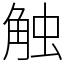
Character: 触